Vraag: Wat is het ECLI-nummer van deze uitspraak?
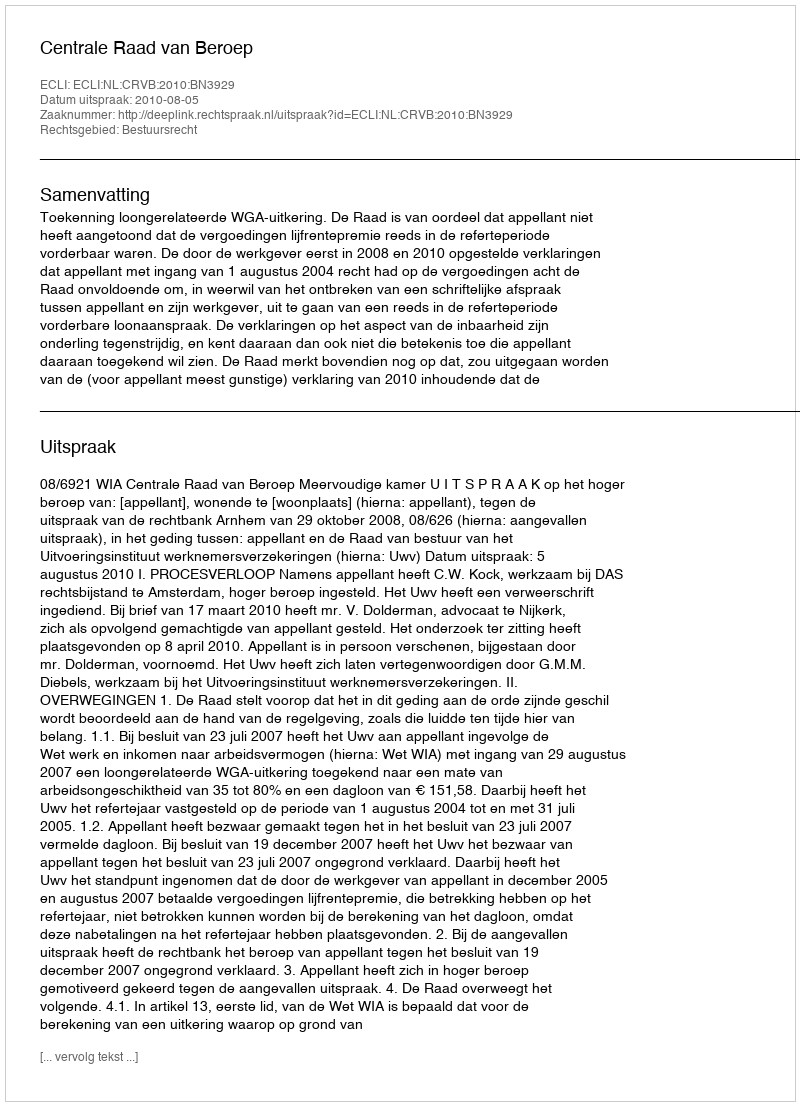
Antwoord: ECLI:NL:CRVB:2010:BN3929